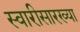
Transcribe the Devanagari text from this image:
स्वारीसारख्या